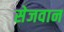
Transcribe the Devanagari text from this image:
सेजवान